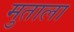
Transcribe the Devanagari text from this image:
मुताला